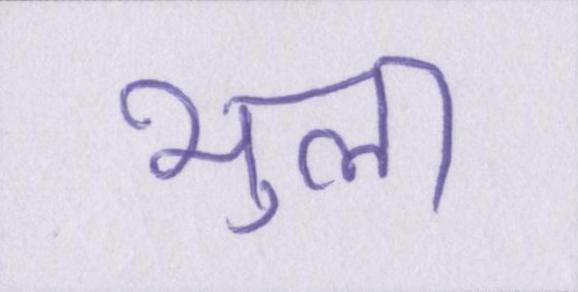
भुला